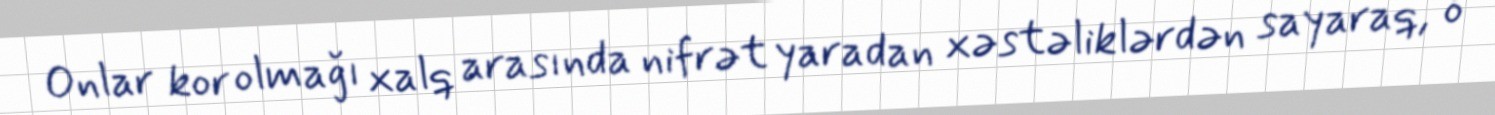
Onlar kor olmağı xalq arasında nifrət yaradan xəstəliklərdən sayaraq, o